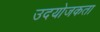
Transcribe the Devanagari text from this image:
उदयोजकता